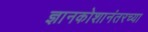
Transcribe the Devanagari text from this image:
ज्ञानकोशानंतरच्या